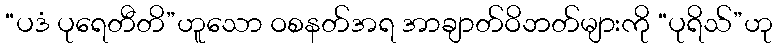
“ပဒံ ပုရေတီတိ”ဟူသော ဝစနတ်အရ အာချာတ်ဝိဘတ်များကို “ပုရိသ်”ဟု